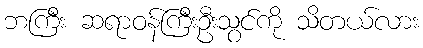
ဘကြီး ဆရာဝန်ကြီးဦးသွင်ကို သိတယ်လား